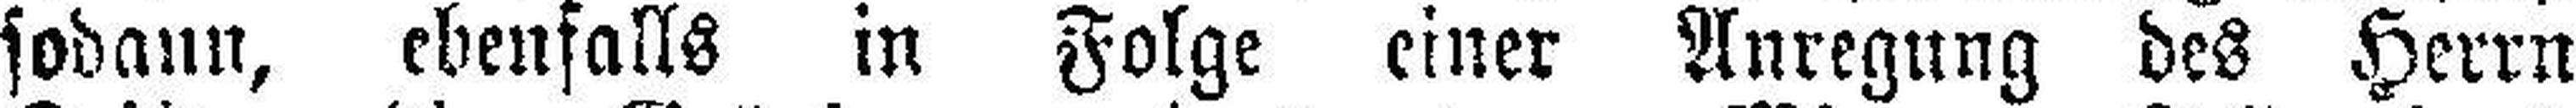
sodann, ebenfalls in Folge einer Anregung des Herrn